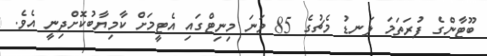
ބޫޓާންގެ ފުރަތަމަ ލަނޑު މެޗުގެ 85 ވަނަ މިނިޓްގައި އެޓީމަށް ކާމިޔާބުކޮށްދިނީ އެވެ.